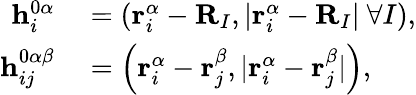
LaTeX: \begin{array}{rl}{\mathbf{h}_{i}^{0\alpha}}&{{}=\left(\mathbf{r}_{i}^{\alpha}-\mathbf{R}_{I},|\mathbf{r}_{i}^{\alpha}-\mathbf{R}_{I}|\ \forall I\right),}\\ {\mathbf{h}_{ij}^{0\alpha\beta}}&{{}=\left(\mathbf{r}_{i}^{\alpha}-\mathbf{r}_{j}^{\beta},|\mathbf{r}_{i}^{\alpha}-\mathbf{r}_{j}^{\beta}|\right),}\end{array}